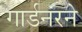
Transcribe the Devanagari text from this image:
गार्डनरने